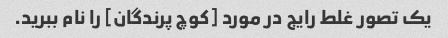
یک تصور غلط رایج در مورد [کوچ پرندگان] را نام ببرید.